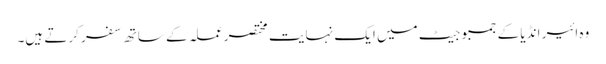
وہ ائیر انڈیا کے جمبو جیٹ میں ایک نہایت مختصر عملہ کے ساتھ سفر کرتے ہیں۔